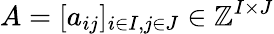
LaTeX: A=[a_{ij}]_{i\in I,j\in J}\in\mathbb{Z}^{I\times J}